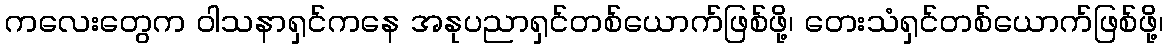
ကလေးတွေက ဝါသနာရှင်ကနေ အနုပညာရှင်တစ်ယောက်ဖြစ်ဖို့၊ တေးသံရှင်တစ်ယောက်ဖြစ်ဖို့၊